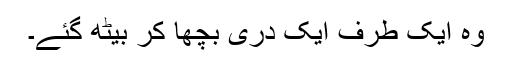
وہ ایک طرف ایک دری بچھا کر بیٹھ گئے۔